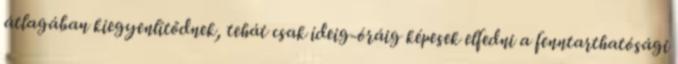
átlagában kiegyenlítődnek, tehát csak ideig-óráig képesek elfedni a fenntarthatósági